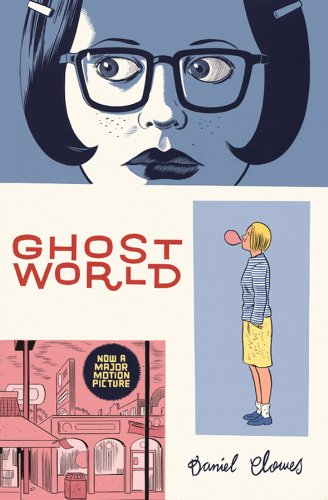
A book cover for Ghost World; Daniel Clowes; Comics & Graphic Novels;